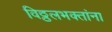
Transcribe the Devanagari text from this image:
विठ्ठलभक्तांना